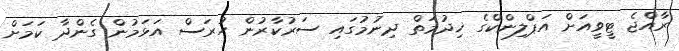
ރާއްޖެ ޓީވީއަށް އަޕްލިންކްގެ ޚިދުމަތް ދިނުމުގައި ސަރުކާރުން ހުރަސް އަޅަމުން ގެންދާ ކަމަށް